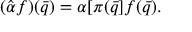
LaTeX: ( \hat { \alpha } f ) ( \bar { q } ) = \alpha [ \pi ( \bar { q } ] f ( \bar { q } ) .